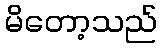
မိတော့သည်